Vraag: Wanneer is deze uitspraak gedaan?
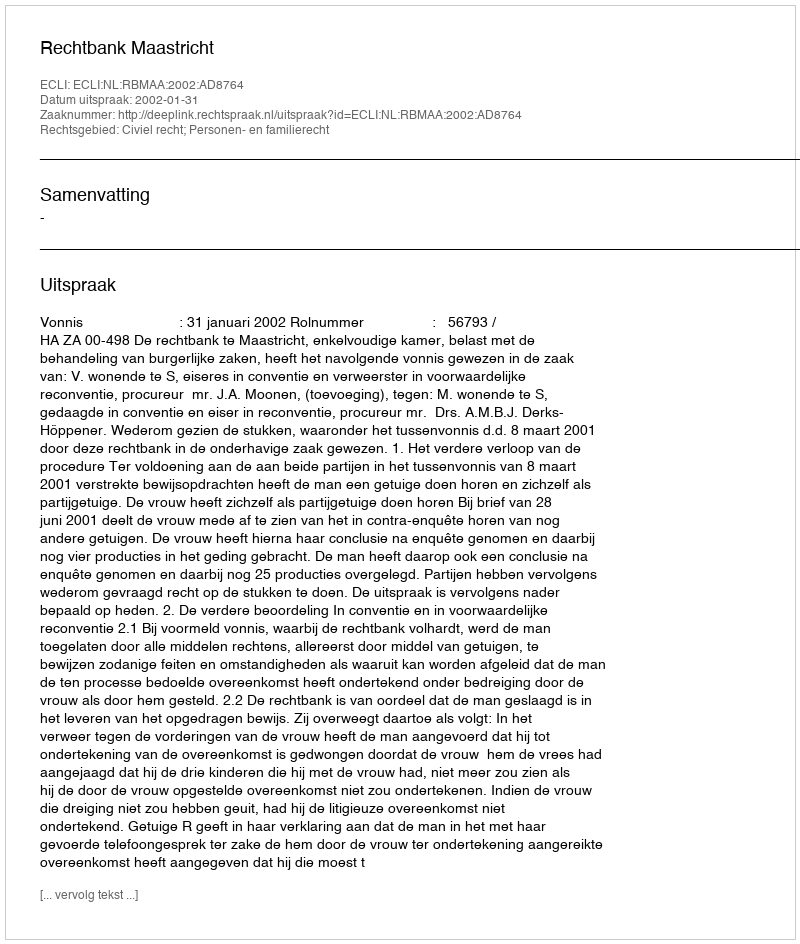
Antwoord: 2002-01-31